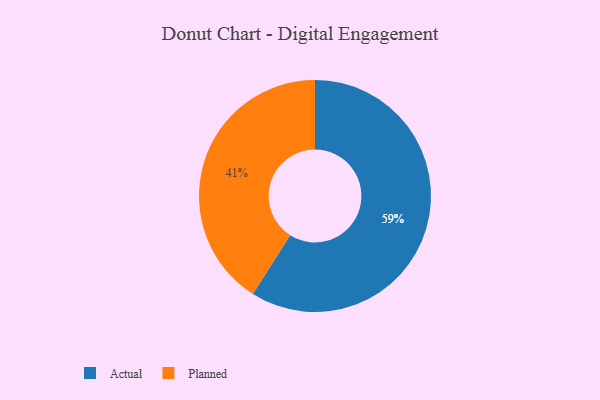
{"axis": {"x": "Category", "y": "Percentage"}, "legend": ["Actual", "Planned"], "data": [{"x": "Planned", "y": 41, "type": "Planned"}, {"x": "Actual", "y": 59, "type": "Actual"}]}